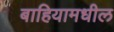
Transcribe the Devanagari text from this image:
बाहियामधील